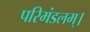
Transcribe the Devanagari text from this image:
परिमंडलम्।